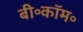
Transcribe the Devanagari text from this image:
बी॰कॉम॰